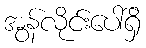
အွန်လိုင်းပေါ်ရှိ